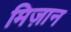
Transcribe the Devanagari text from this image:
मिज़ान